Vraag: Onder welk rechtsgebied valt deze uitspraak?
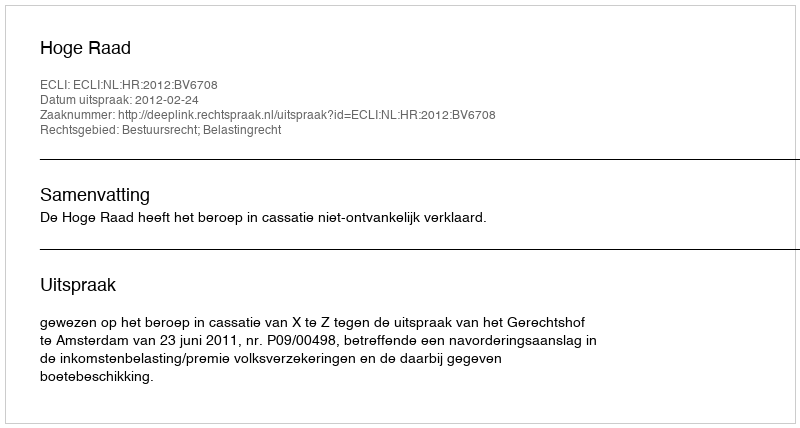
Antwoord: Bestuursrecht; Belastingrecht